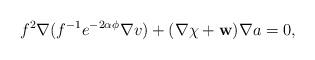
LaTeX: \begin{align*}f^2\nabla (f^{-1}e^{-2\alpha\phi}\nabla v)+(\nabla\chi +{\bf w})\nabla a=0,\end{align*}